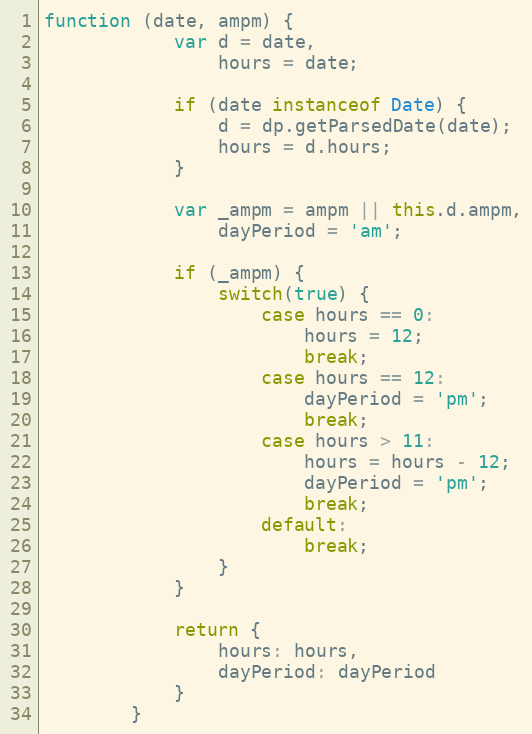
Language: JavaScript
function (date, ampm) {
            var d = date,
                hours = date;

            if (date instanceof Date) {
                d = dp.getParsedDate(date);
                hours = d.hours;
            }

            var _ampm = ampm || this.d.ampm,
                dayPeriod = 'am';

            if (_ampm) {
                switch(true) {
                    case hours == 0:
                        hours = 12;
                        break;
                    case hours == 12:
                        dayPeriod = 'pm';
                        break;
                    case hours > 11:
                        hours = hours - 12;
                        dayPeriod = 'pm';
                        break;
                    default:
                        break;
                }
            }

            return {
                hours: hours,
                dayPeriod: dayPeriod
            }
        }